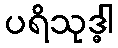
ပရိသုဒ္ဓါ